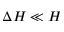
\Delta H \ll H